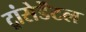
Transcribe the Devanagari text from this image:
ट्रांसेडेंटल